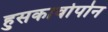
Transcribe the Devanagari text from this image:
हुसकावोपोन